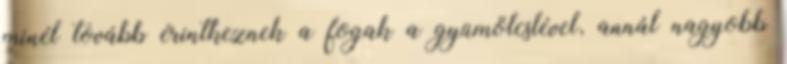
minél tovább érintkeznek a fogak a gyümölcslével, annál nagyobb